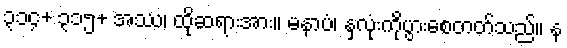
၃၁၄+ ၃၁၅+ အဿ၊ ထိုဆရားအား။ မနာပံ၊ နှလုံးကိုပွားစေတတ်သည်။ န